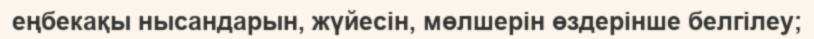
еңбекақы нысандарын, жүйесін, мөлшерін өздерінше белгілеу;